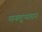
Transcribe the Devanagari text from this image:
मनलुभावन